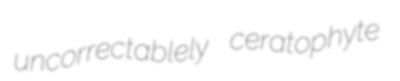
uncorrectablely ceratophyte